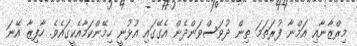
މިރްޒާނާއި އަމްނާ ފުރަތަމަ ތިން ދުވަސްވަންދެން އެގޭގައި އުޅުނީ ހިމޭންކަމާއެކީގައެވެ. ހާފިޒާ އޭނަ